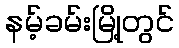
နမ့်ခမ်းမြို့တွင်